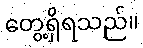
တွေ့ရှိရသည်။